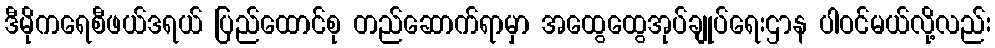
ဒီမိုကရေစီဖယ်ဒရယ် ပြည်ထောင်စု တည်ဆောက်ရာမှာ အထွေထွေအုပ်ချုပ်ရေးဌာန ပါဝင်မယ်လို့လည်း